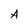
Character: A